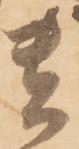
貴